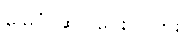
မြေပုံ ဆွဲပြပေးပါလား။